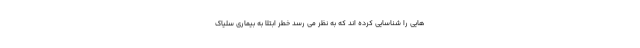
هایی را شناسایی کرده اند که به نظر می رسد خطر ابتلا به بیماری سلیاک